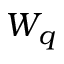
W _ { q }